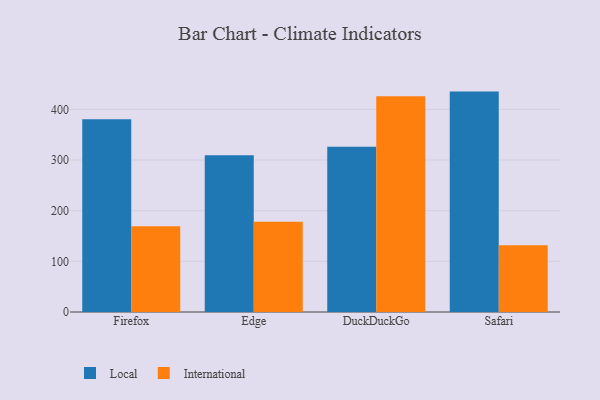
{"axis": {"x": "Browser", "y": "Population (Million)"}, "legend": ["International", "Local"], "data": [{"x": "Firefox", "y": 380.7, "type": "Local"}, {"x": "Firefox", "y": 169.3, "type": "International"}, {"x": "Edge", "y": 309.5, "type": "Local"}, {"x": "Edge", "y": 178.3, "type": "International"}, {"x": "DuckDuckGo", "y": 326.2, "type": "Local"}, {"x": "DuckDuckGo", "y": 426.0, "type": "International"}, {"x": "Safari", "y": 435.1, "type": "Local"}, {"x": "Safari", "y": 131.8, "type": "International"}]}